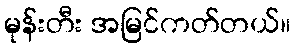
မုန်းတီး အမြင်ကတ်တယ်။